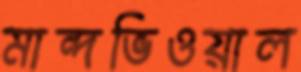
মান্দভিওয়াল